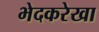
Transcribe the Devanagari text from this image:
भेदकरेखा